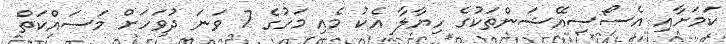
ކަމަށާއި އެސޯސިއޭޝަންތަކުގެ ހިޔާލާ އެކު މެއި މަހުގެ 7 ވަނަ ދުވަހަށް މަސައްކަތް